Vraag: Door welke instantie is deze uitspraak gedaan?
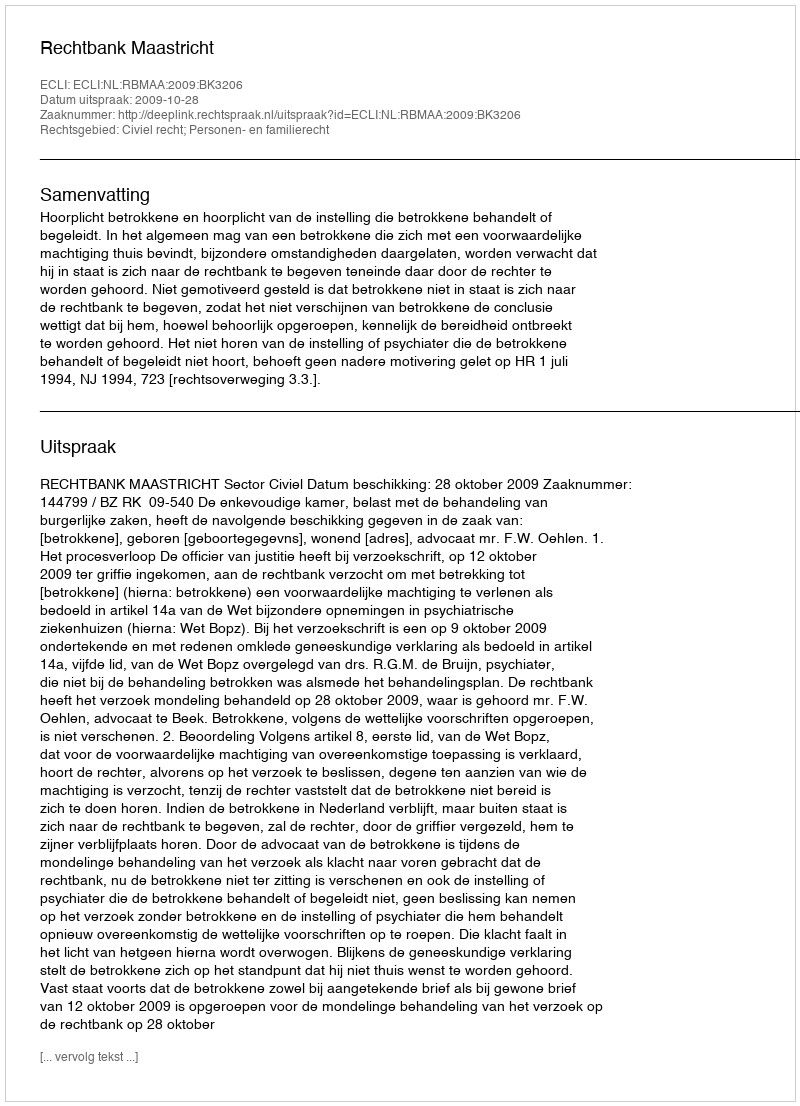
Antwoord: Rechtbank Maastricht